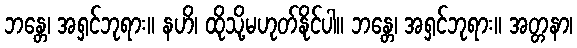
ဘန္တေ၊ အရှင်ဘုရား။ နဟိ၊ ထိုသို့မဟုတ်နိုင်ပါ။ ဘန္တေ၊ အရှင်ဘုရား။ အတ္တနာ၊